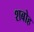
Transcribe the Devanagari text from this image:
शबोह